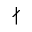
\nmid